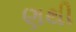
ણથી